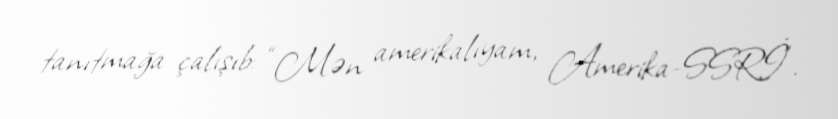
tanıtmağa çalışıb: “Mən amerikalıyam, Amerika-SSRİ”.